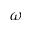
\omega